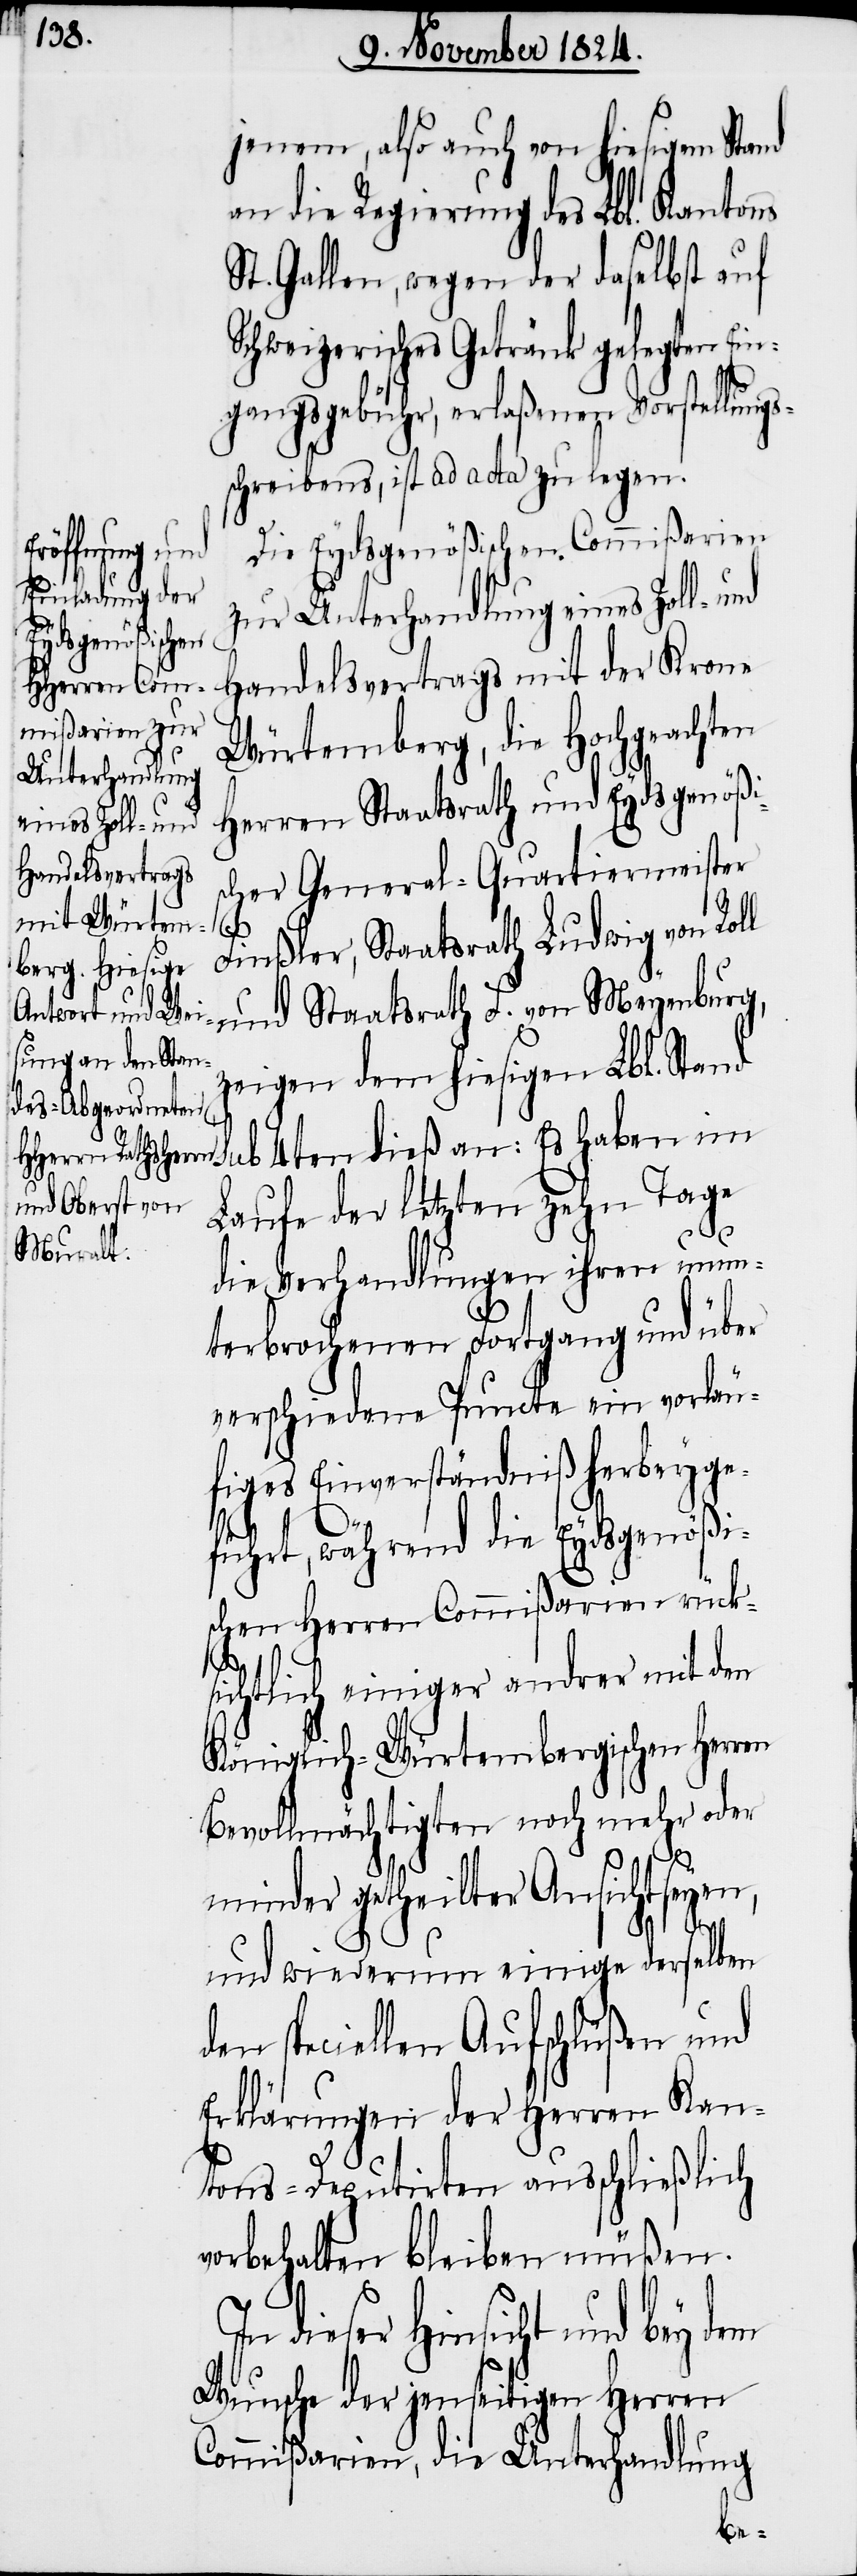
jenem, also auch von hiesigem Stand
an die Regierung des Lbl. Kantons
St. Gallen, wegen der daselbst auf
Schweizerisches Getränkt gelegten Ein¬
gangsgebühr, erlaßenen Vorstellung¬
schreibens, ist ad acta zu legen.
Die Eydsgenößischen Commißarien
zur Unterhandlung eines Zoll- und
Handelsvertrags mit der Krone
Würtemberg, die Hochgeachten
Herren Staatsrath und Eydsgenößi¬
scher General-Quartiermeister
Finßler, Staatsrath Ludwig von Roll
F.
zeigen dem hiesigen Lbl. Stan¬
d sub 4ten dieß an: Es haben im
Laufe der letzten zehn Tage
die Verhandlungen ihren unun¬
terbrochenen Fortgang und über
verschiedene Puncte ein vorläu¬
figes Einverständniß herbeyge¬
führt, während die Eydsgenößi¬
schen Herren Commißarien rück¬
sichtlich einiger andrer mit den
Königlich-Würtembergischen Herren
Bevollmächtigten noch mehr oder
von
minder getheilter Ansicht seyen,
und wiederum einige derselben
den speciellen Aufschlüßen und
Erklärungen der Herren Kan¬
tons-Depurtirten ausschließlich
vorbehalten bleiben müßen.
In dieser Hinsicht und bey
Wunsche der jenseitigen Herren
Commißarien, die Unterhandlung